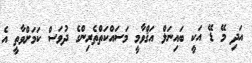
އަދި މޭ ޑޭ އަކީ ބައިނަލް އަޤްވާމީ މަސައްކަތްތެރިންގެ ދުވަސް ކަމަށްވާތީ އެ